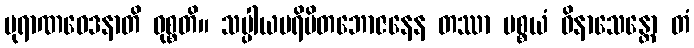
ပုရာဏဝေဒနာတိ ဝုစ္စတိ။ သပ္ပါယပရိမိတဘောဇနေန တဿာ ပစ္စယံ ဝိနာသေန္တော တံ